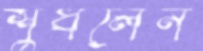
শুধলেন